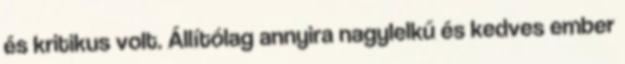
és kritikus volt. Állítólag annyira nagylelkű és kedves ember